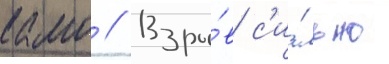
камо // Взры́в с'и́льно